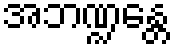
အဘဏ္ဍန္တေ